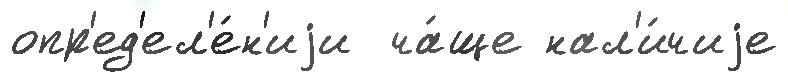
опр'ед'ел'е́н'иjи  ча́ще нал'и́чиjе